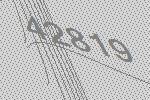
42819